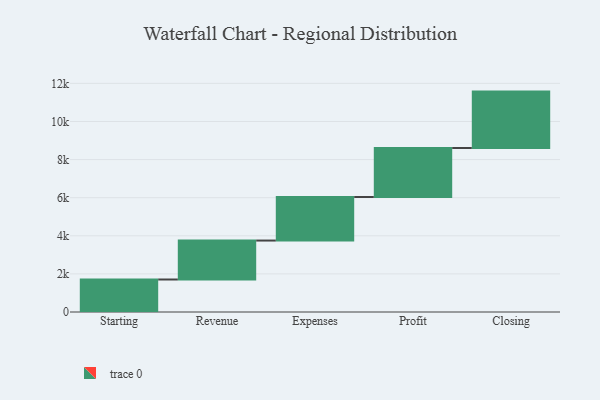
{"axis": {"x": "Step", "y": "Value"}, "legend": [""], "data": [{"x": "Starting", "y": 1706.0, "type": ""}, {"x": "Revenue", "y": 2044.0, "type": ""}, {"x": "Expenses", "y": 2287.0, "type": ""}, {"x": "Profit", "y": 2572.0, "type": ""}, {"x": "Closing", "y": 2959.0, "type": ""}]}